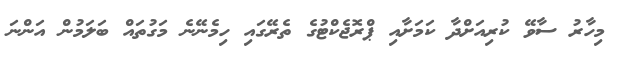
މިހާރު ސާވޭ ކުރިއަށްދާ ކަމަށާއި ޕްރޮޖެކްޓުގެ ތެރޭގައި ހިމެނޭނެ މަގުތައް ބަލަމުން އަންނަ